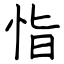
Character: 恉